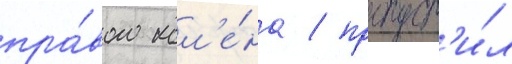
пра́вого кол'е́на / пропуст'и́л